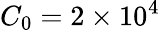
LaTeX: C_{0}=2\times 10^{4}